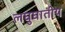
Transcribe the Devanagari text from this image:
लघुघातीय